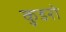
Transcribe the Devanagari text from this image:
कुडरो